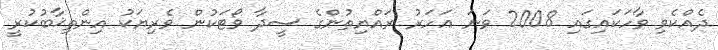
ދެއްކެވި ވާހަކައިގައި 2008 ވަނަ އަހަރު ރައްޔިތުންގެ ސީދާ ވޯޓަކުން ވެރިޔަކު އިންތިޚާބުކުރީ